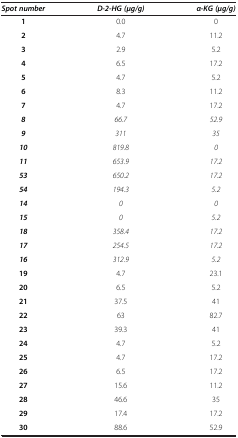
<table><thead><tr><td><b><i>Spot number</i></b></td><td><b><i>D-2-HG (μg/g)</i></b></td><td><b><i>α-KG (μg/g)</i></b></td></tr></thead><tbody><tr><td><b>1</b></td><td>0.0</td><td>0</td></tr><tr><td><b>2</b></td><td>4.7</td><td>11.2</td></tr><tr><td><b>3</b></td><td>2.9</td><td>5.2</td></tr><tr><td><b>4</b></td><td>6.5</td><td>17.2</td></tr><tr><td><b>5</b></td><td>4.7</td><td>5.2</td></tr><tr><td><b>6</b></td><td>8.3</td><td>11.2</td></tr><tr><td><b>7</b></td><td>4.7</td><td>17.2</td></tr><tr><td><b><i>8</i></b></td><td><i>66.7</i></td><td><i>52.9</i></td></tr><tr><td><b><i>9</i></b></td><td><i>311</i></td><td><i>35</i></td></tr><tr><td><b><i>10</i></b></td><td><i>819.8</i></td><td><i>0</i></td></tr><tr><td><b><i>11</i></b></td><td><i>653.9</i></td><td><i>17.2</i></td></tr><tr><td><b><i>53</i></b></td><td><i>650.2</i></td><td><i>17.2</i></td></tr><tr><td><b><i>54</i></b></td><td><i>194.3</i></td><td><i>5.2</i></td></tr><tr><td><b><i>14</i></b></td><td><i>0</i></td><td><i>0</i></td></tr><tr><td><b><i>15</i></b></td><td><i>0</i></td><td><i>5.2</i></td></tr><tr><td><b><i>18</i></b></td><td><i>358.4</i></td><td><i>17.2</i></td></tr><tr><td><b><i>17</i></b></td><td><i>254.5</i></td><td><i>17.2</i></td></tr><tr><td><b><i>16</i></b></td><td><i>312.9</i></td><td><i>5.2</i></td></tr><tr><td><b>19</b></td><td>4.7</td><td>23.1</td></tr><tr><td><b>20</b></td><td>6.5</td><td>5.2</td></tr><tr><td><b>21</b></td><td>37.5</td><td>41</td></tr><tr><td><b>22</b></td><td>63</td><td>82.7</td></tr><tr><td><b>23</b></td><td>39.3</td><td>41</td></tr><tr><td><b>24</b></td><td>4.7</td><td>5.2</td></tr><tr><td><b>25</b></td><td>4.7</td><td>17.2</td></tr><tr><td><b>26</b></td><td>6.5</td><td>17.2</td></tr><tr><td><b>27</b></td><td>15.6</td><td>11.2</td></tr><tr><td><b>28</b></td><td>46.6</td><td>35</td></tr><tr><td><b>29</b></td><td>17.4</td><td>17.2</td></tr><tr><td><b>30</b></td><td>88.6</td><td>52.9</td></tr></tbody></table>